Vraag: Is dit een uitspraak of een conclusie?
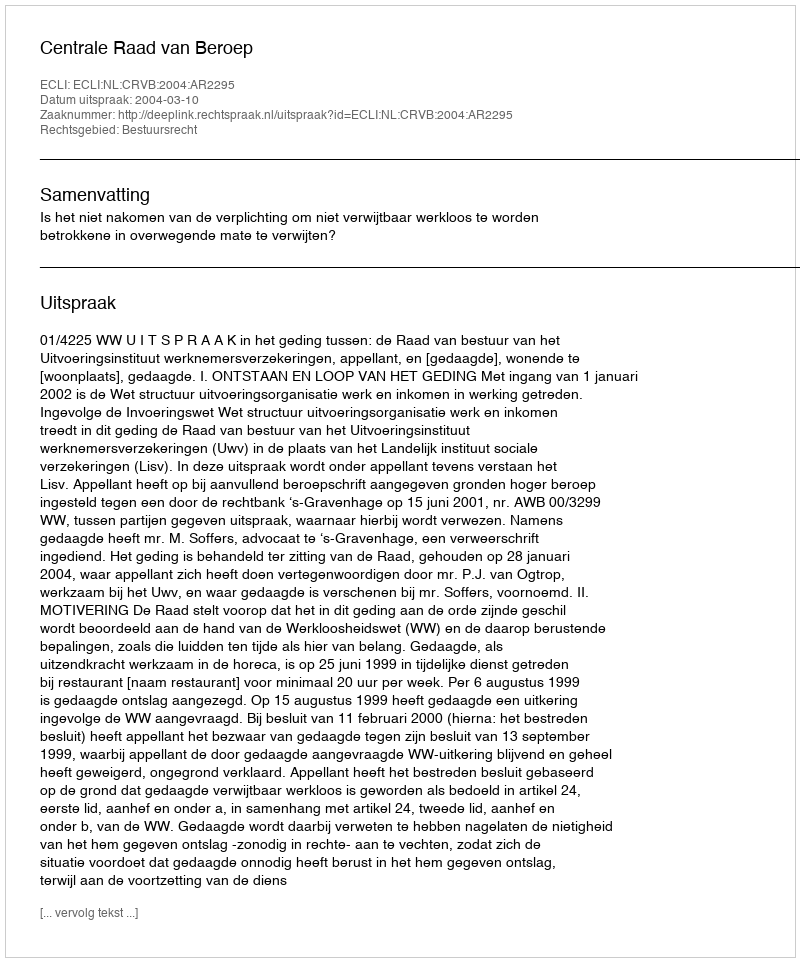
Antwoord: Uitspraak